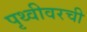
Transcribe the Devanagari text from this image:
पृथ्वीवरची